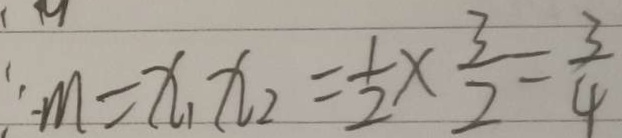
\therefore m = x _ { 1 } x _ { 2 } = \frac { 1 } { 2 } \times \frac { 3 } { 2 } = \frac { 3 } { 4 }